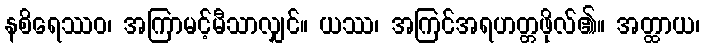
နစိရေဿဝ၊ အကြာမင့်မီသာလျှင်။ ယဿ၊ အကြင်အရဟတ္တဖိုလ်၏။ အတ္ထာယ၊